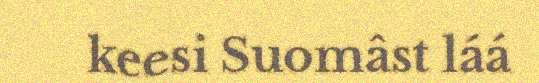
keesi Suomâst láá